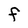
Character: F